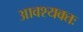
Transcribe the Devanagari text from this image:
आवश्यक्तः